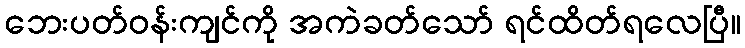
ဘေးပတ်ဝန်းကျင်ကို အကဲခတ်သော် ရင်ထိတ်ရလေပြီ။